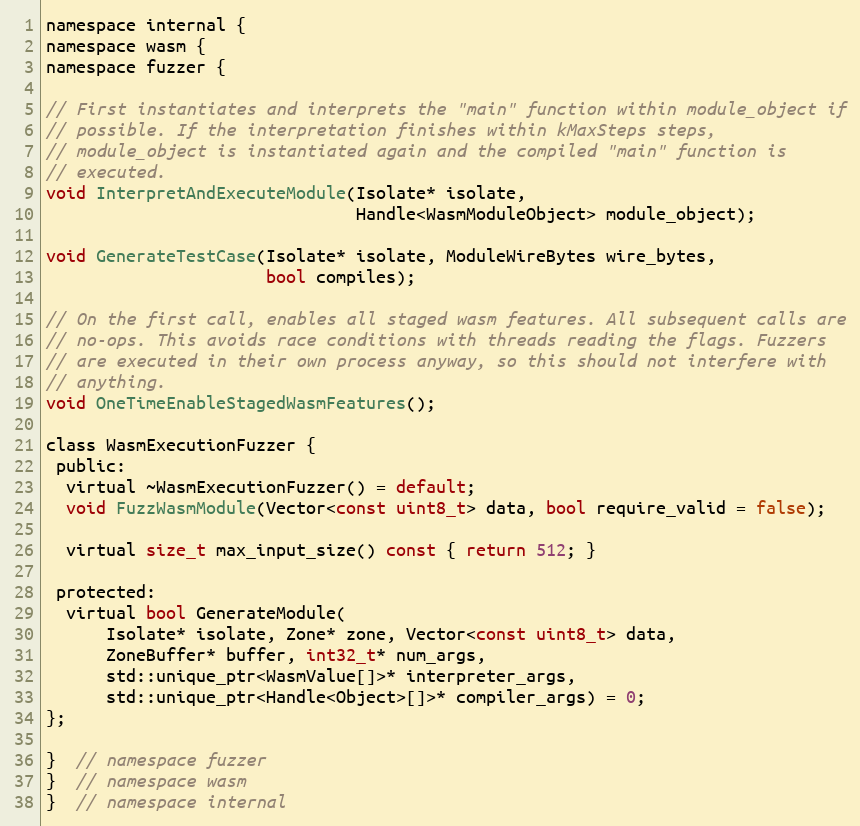
Language: C
namespace internal {
namespace wasm {
namespace fuzzer {

// First instantiates and interprets the "main" function within module_object if
// possible. If the interpretation finishes within kMaxSteps steps,
// module_object is instantiated again and the compiled "main" function is
// executed.
void InterpretAndExecuteModule(Isolate* isolate,
                               Handle<WasmModuleObject> module_object);

void GenerateTestCase(Isolate* isolate, ModuleWireBytes wire_bytes,
                      bool compiles);

// On the first call, enables all staged wasm features. All subsequent calls are
// no-ops. This avoids race conditions with threads reading the flags. Fuzzers
// are executed in their own process anyway, so this should not interfere with
// anything.
void OneTimeEnableStagedWasmFeatures();

class WasmExecutionFuzzer {
 public:
  virtual ~WasmExecutionFuzzer() = default;
  void FuzzWasmModule(Vector<const uint8_t> data, bool require_valid = false);

  virtual size_t max_input_size() const { return 512; }

 protected:
  virtual bool GenerateModule(
      Isolate* isolate, Zone* zone, Vector<const uint8_t> data,
      ZoneBuffer* buffer, int32_t* num_args,
      std::unique_ptr<WasmValue[]>* interpreter_args,
      std::unique_ptr<Handle<Object>[]>* compiler_args) = 0;
};

}  // namespace fuzzer
}  // namespace wasm
}  // namespace internal